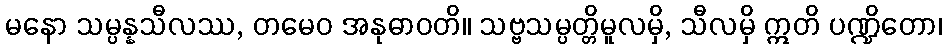
မနော သမ္ပန္နသီလဿ, တမေဝ အနုဓာဝတိ။ သဗ္ဗသမ္ပတ္တိမူလမှိ, သီလမှိ ဣတိ ပဏ္ဍိတော၊